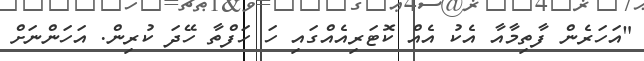
"އަހަރެން ފާތިމާއާ އެކު އެއް ކޮޓަރިއެއްގައި ހަ ހަފްތާ ހޭދަ ކުރިން. އަހަންނަށް